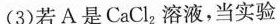
(3)若A是C_{a}Cl_{2}溶液，当实验